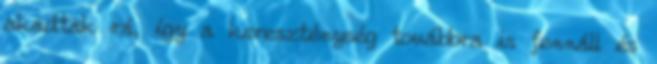
akadtak rá, így a kereszténység továbbra is fennáll és